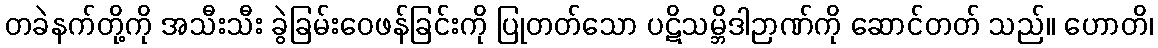
တခဲနက်တို့ကို အသီးသီး ခွဲခြမ်းဝေဖန်ခြင်းကို ပြုတတ်သော ပဋိသမ္ဘိဒါဉာဏ်ကို ဆောင်တတ် သည်။ ဟောတိ၊